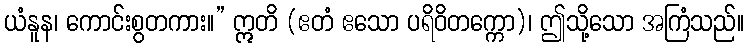
ယံနူန၊ ကောင်းစွတကား။” ဣတိ (ဧတံ ဧသော ပရိဝိတက္ကော)၊ ဤသို့သော အကြံသည်။